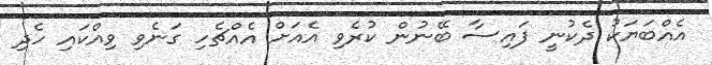
އެއްބަޔަކު ދެކުނީ ފައިސާ ބޭނުން ކުރެވި އެއަށް އެއްޗެހި ގަނެވި ވިއްކައި ހެދި